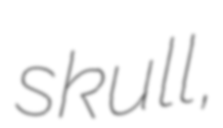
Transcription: skull,